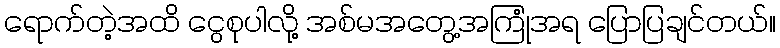
ရောက်တဲ့အထိ ငွေစုပါလို့ အစ်မအတွေ့အကြုံအရ ပြောပြချင်တယ်။